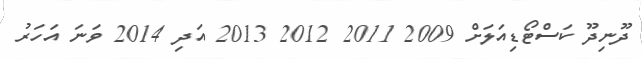
ދޫނިދޫ ކަސްޓޯޑިއަލަށް 2009 2011 2012 2013 އަދި 2014 ވަނަ އަހަރު